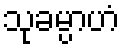
သုခမ္ပာဟံ